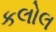
કલોલ